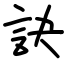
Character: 訣